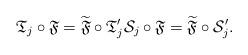
LaTeX: \begin{align*}\frak T_j \circ \mathfrak F= \widetilde{\mathfrak F}\circ \frak T'_j\mathcal S_j \circ \mathfrak F= \widetilde{\mathfrak F}\circ \mathcal S'_j.\end{align*}